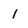
Character: 1